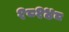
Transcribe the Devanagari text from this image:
१८१४८